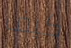
كيف